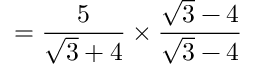
= { \frac { 5 } { { \sqrt { 3 } } + 4 } } \times { \frac { { \sqrt { 3 } } - 4 } { { \sqrt { 3 } } - 4 } }